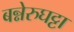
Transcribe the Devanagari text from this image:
बन्नेरुघट्टा